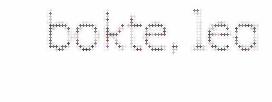
bokte, lea